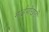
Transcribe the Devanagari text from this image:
माईपोखरी